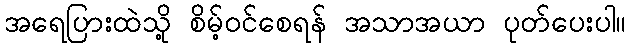
အရေပြားထဲသို့ စိမ့်ဝင်စေရန် အသာအယာ ပုတ်ပေးပါ။